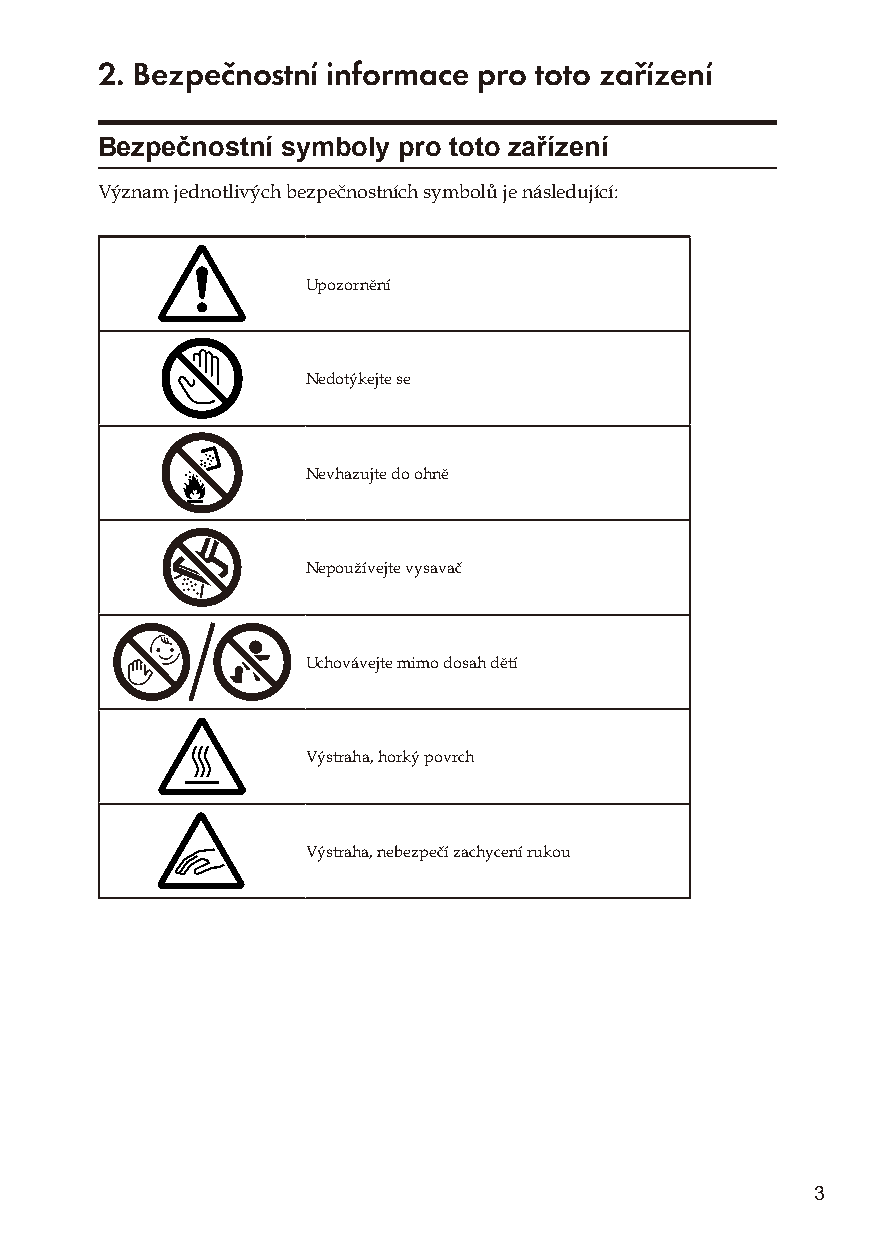
2. Bezpečnostní informace pro toto zařízení
 Bezpečnostní symboly pro toto zařízení
 Význam jednotlivých bezpečnostních symbolů je následující:
 Upozornění
 Nedotýkejte se
 Nevhazujte do ohně
 Nepoužívejte vysavač
 Uchovávejte mimo dosah dětí
 Výstraha, horký povrch
 Výstraha, nebezpečí zachycení rukou
 3